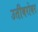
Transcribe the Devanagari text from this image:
उतीबरोबर